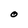
Character: O